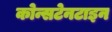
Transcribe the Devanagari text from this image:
कोन्सटेनटाइन